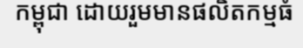
កម្ពុជា ដោយរួមមានផលិតកម្មធំ